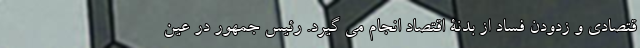
قتصادی و زدودن فساد از بدنة اقتصاد انجام می گیرد. رئیس جمهور در عین